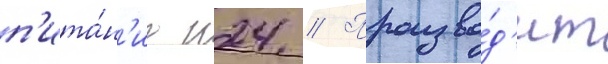
п'ита́н'иа н24 // Произво́д'ит